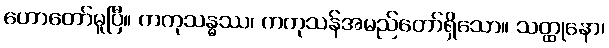
ဟောတော်မူပြီ။ ကကုသန္ဓဿ၊ ကကုသန်အမည်တော်ရှိသော။ သတ္ထုနော၊